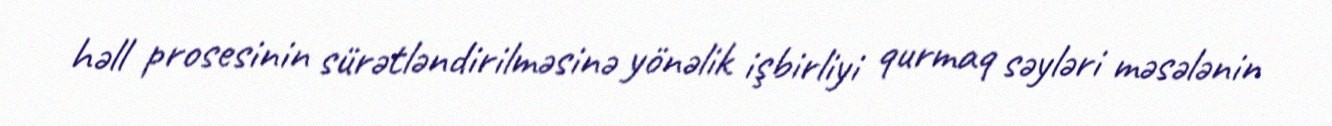
həll prosesinin sürətləndirilməsinə yönəlik işbirliyi qurmaq səyləri məsələnin